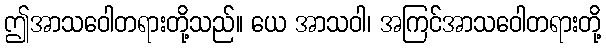
ဤအာသဝေါတရားတို့သည်။ ယေ အာသဝါ၊ အကြင်အာသဝေါတရားတို့